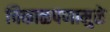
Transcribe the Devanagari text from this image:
चिकाळपणामुळे